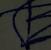
Signature authenticity: forged